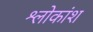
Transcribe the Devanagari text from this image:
श्लोकांश